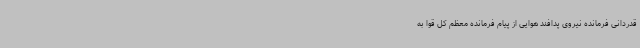
قدردانی فرمانده نیروی پدافند هوایی از پیام فرمانده معظم کل قوا به